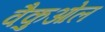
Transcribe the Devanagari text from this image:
वैकुओल